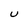
Character: u